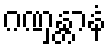
ဂဏှန္တာနံ